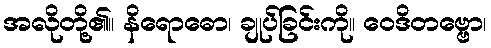
အလိုတို့၏။ နိရောဓော၊ ချုပ်ခြင်းကို။ ဝေဒိတဗ္ဗော၊